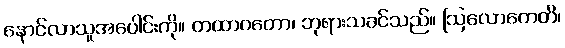
နောင်လာသူအပေါင်းကို။ တထာဂတော၊ ဘုရားသခင်သည်။ ဩလောကေတိ၊